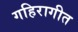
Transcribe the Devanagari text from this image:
गहिरागीत